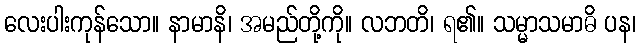
လေးပါးကုန်သော။ နာမာနိ၊ အမည်တို့ကို။ လဘတိ၊ ရ၏။ သမ္မာသမာဓိ ပန၊